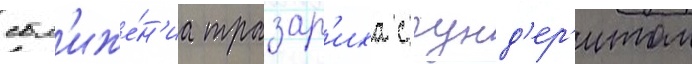
сбл'иже́н'иа тразар'иха с гунд'ер'итом